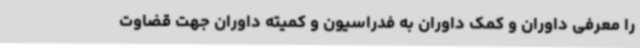
را معرفی داوران و کمک داوران به فدراسیون و کمیته داوران جهت قضاوت